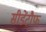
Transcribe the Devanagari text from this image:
सीडेंटौफ़